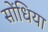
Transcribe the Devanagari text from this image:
सोंधिया